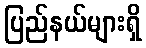
ပြည်နယ်များရှိ